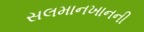
સલમાનખાનની